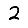
Digit: 2